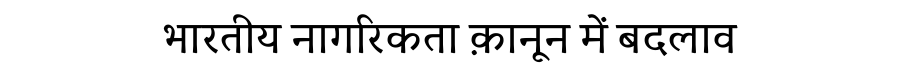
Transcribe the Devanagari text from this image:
भारतीय नागरिकता क़ानून में बदलाव